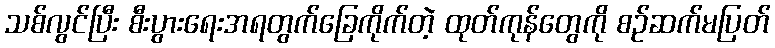
သစ်လွင်ပြီး စီးပွားရေးအရတွက်ခြေကိုက်တဲ့ ထုတ်ကုန်တွေကို စဉ်ဆက်မပြတ်